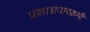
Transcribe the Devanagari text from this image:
प्रकाशपारक्रमी